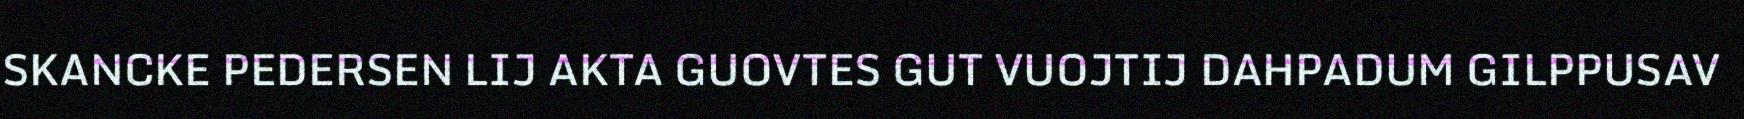
SKANCKE PEDERSEN LIJ AKTA GUOVTES GUT VUOJTIJ DAHPADUM GILPPUSAV